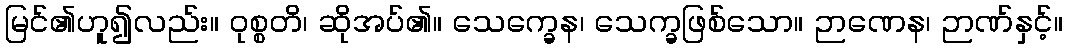
မြင်၏ဟူ၍လည်း။ ဝုစ္စတိ၊ ဆိုအပ်၏။ သေက္ခေန၊ သေက္ခဖြစ်သော။ ဉာဏေန၊ ဉာဏ်နှင့်။